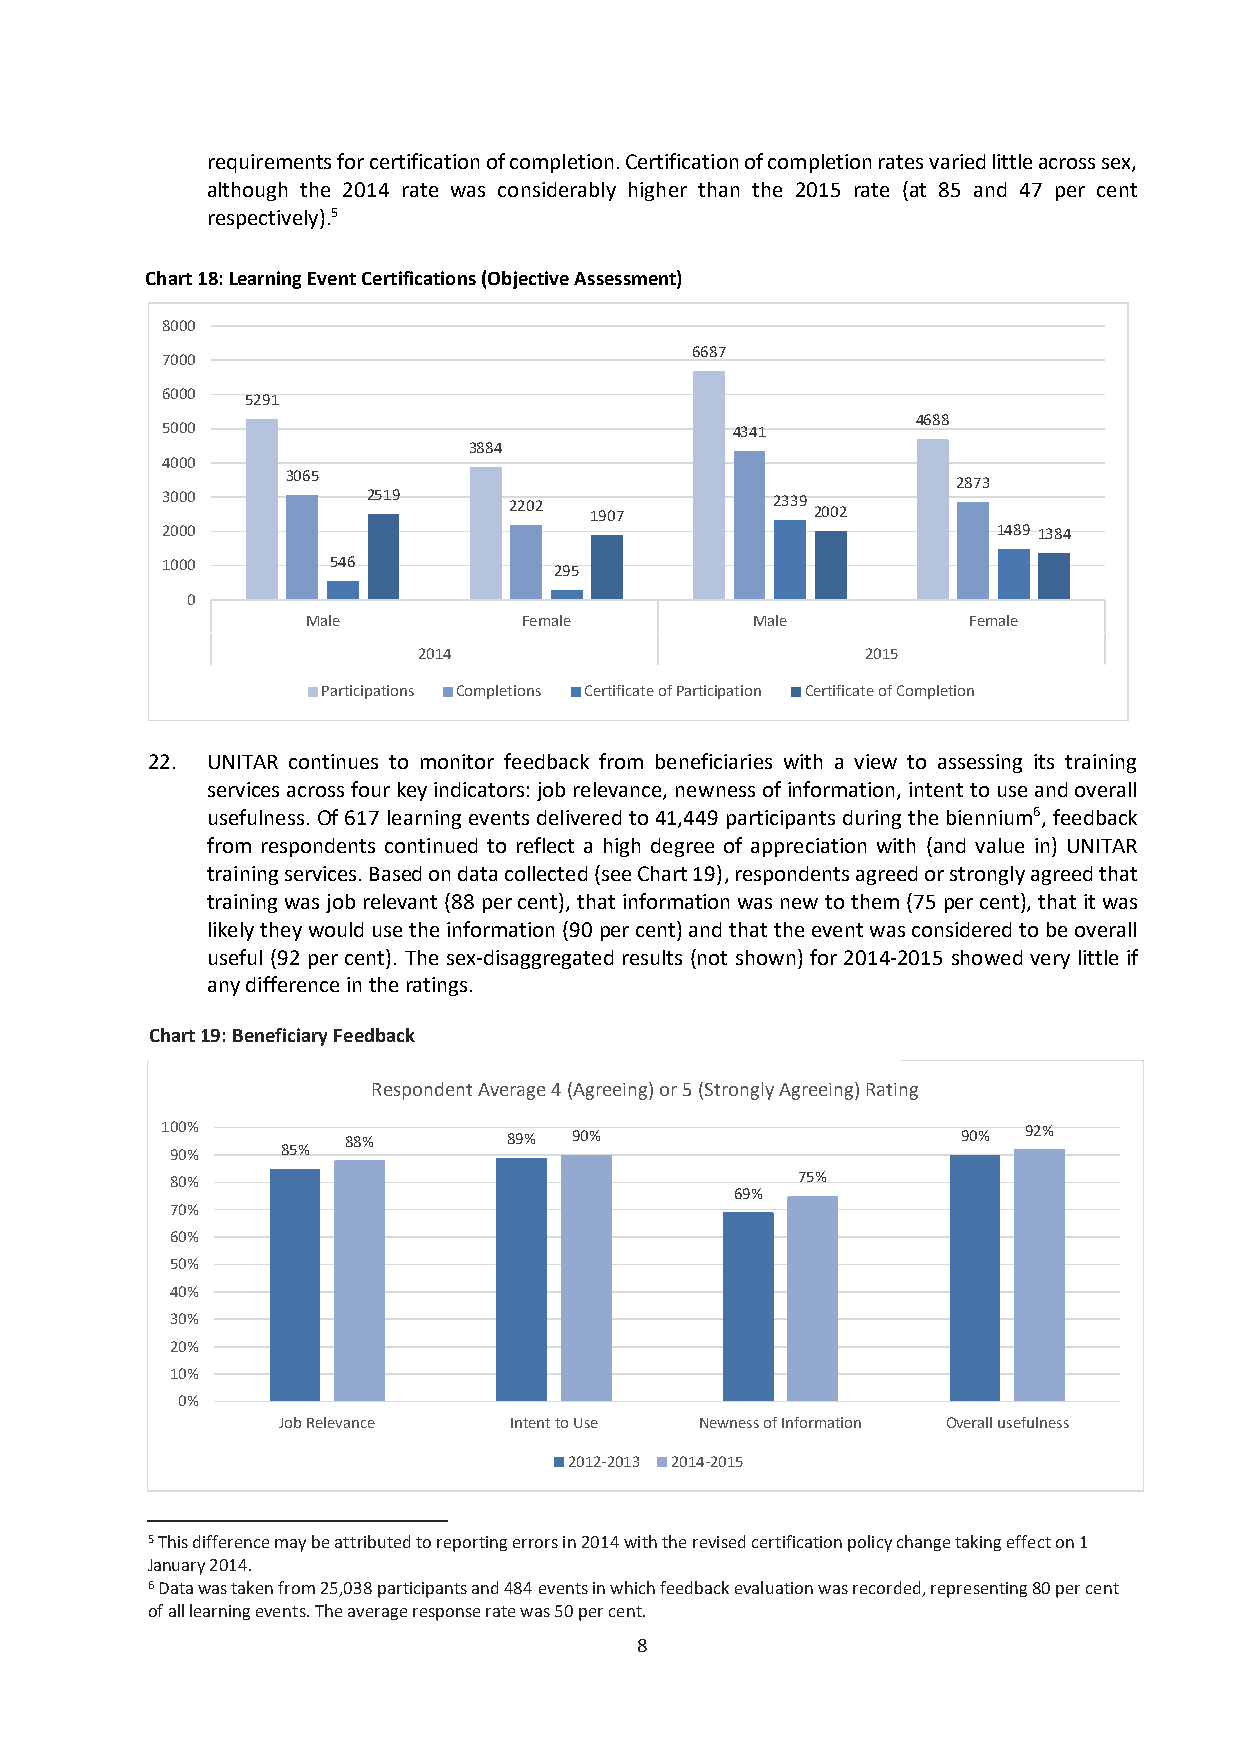
requirements for certification of completion. Certification of completion rates varied little across sex,
 although the 2014 rate was considerably higher than the 2015 rate (at 85 and 47 per cent
 respectively).5
 Chart 18: Learning Event Certifications (Objective Assessment)
 8000
 6687
 7000
 6000 5291
 4688
 5000                                 4341
 3884
 4000
 3065
 2873
 3000         2519      2202             2339
 1907           2002
 2000                                                   1489 1384
 1000       546            295
 0
 Male           Female         Male          Female
 2014                         2015
 Participations Completions Certificate of Participation Certificate of Completion
 22. UNITAR continues to monitor feedback from beneficiaries with a view to assessing its training
 services across four key indicators: job relevance, newness of information, intent to use and overall
 usefulness. Of 617 learning events delivered to 41,449 participants during the biennium6, feedback
 from respondents continued to reflect a high degree of appreciation with (and value in) UNITAR
 training services. Based on data collected (see Chart 19), respondents agreed or strongly agreed that
 training was job relevant (88 per cent), that information was new to them (75 per cent), that it was
 likely they would use the information (90 per cent) and that the event was considered to be overall
 useful (92 per cent). The sex-disaggregated results (not shown) for 2014-2015 showed very little if
 any difference in the ratings.
 Chart 19: Beneficiary Feedback
 Respondent Average 4 (Agreeing) or 5 (Strongly Agreeing) Rating
 100%        88%        89% 90%                       90% 92%
 90%     85%
 80%                                       75%
 69%
 70%
 60%
 50%
 40%
 30%
 20%
 10%
 0%
 Job Relevance   Intent to Use Newness of Information Overall usefulness
 2012-2013 2014-2015
 5 This difference may be attributed to reporting errors in 2014 with the revised certification policy change taking effect on 1
 January 2014.
 6 Data was taken from 25,038 participants and 484 events in which feedback evaluation was recorded, representing 80 per cent
 of all learning events. The average response rate was 50 per cent.
 8